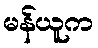
မန်ယူက